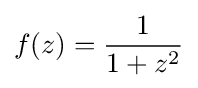
f(z)={\frac {1}{1+z^{2}}}